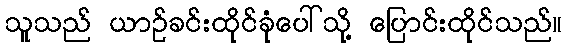
သူသည် ယာဉ်ခင်းထိုင်ခုံပေါ်သို့ ပြောင်းထိုင်သည်။